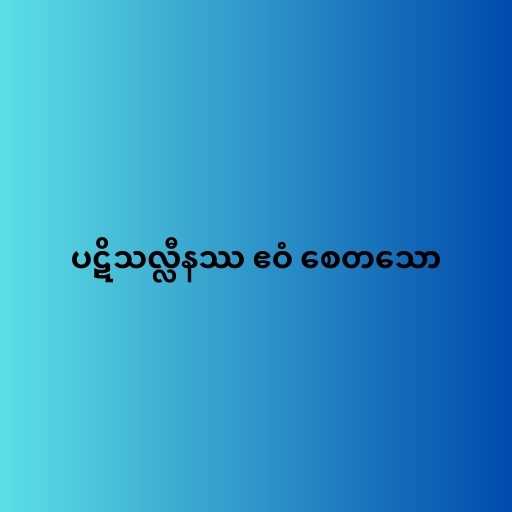
ပဋိသလ္လီနဿ ဧဝံ စေတသော